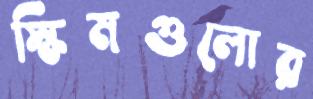
স্কিমগুলোর